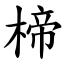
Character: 楴